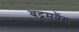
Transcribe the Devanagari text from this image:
बट्टमबैंग